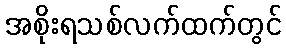
အစိုးရသစ်လက်ထက်တွင်